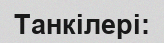
Танкілері: